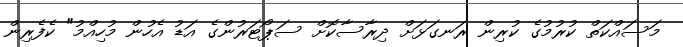
މަސައްކަތް ކުރުމުގެ ކުރިން ރަނގަޅަށް ދިރާސާކޮށް ސަޕޯޓަރުންގެ އަޑު އެހުން މުހިއްމު" ކެފެރިން